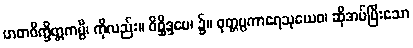
ဟတဝိက္ခိတ္တကမ္ပိ၊ ကိုလည်း။ ဝိစ္ဆိဒ္ဒပေ၊ ၌။ ဝုတ္တပ္ပကာရေသုယေဝ၊ ဆိုအပ်ပြီးသော